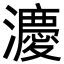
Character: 𪷸